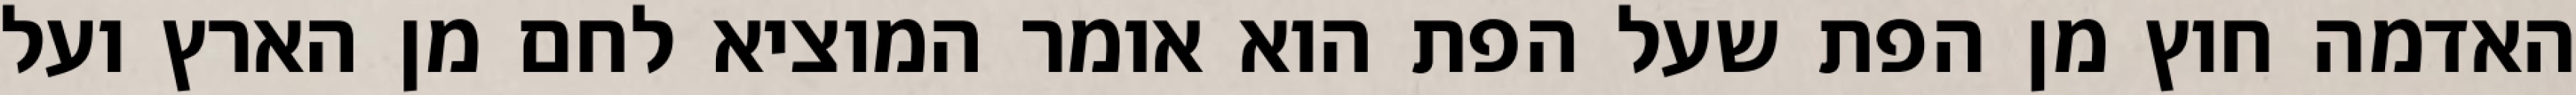
האדמה חוץ מן הפת שעל הפת הוא אומר המוציא לחם מן הארץ ועל